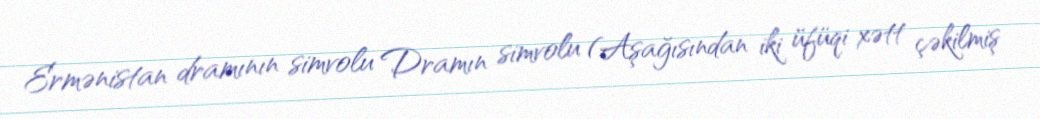
Ermənistan dramının simvolu Dramın simvolu (Aşağısından iki üfüqi xətt çəkilmiş